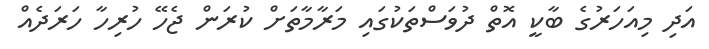
އަދި މިއަހަރުގެ ބާކީ އޮތް ދުވަސްތަކުގައި މަރާމާތަށް ކުރަން ޖެހޭ ހުރިހާ ހަރަދެއް